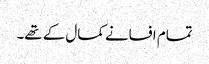
تمام افسانے کمال کے تھے۔